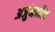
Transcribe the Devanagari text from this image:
अर्जुनचरित